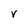
Character: V